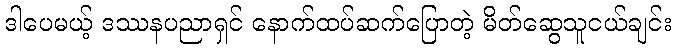
ဒါပေမယ့် ဒဿနပညာရှင် နောက်ထပ်ဆက်ပြောတဲ့ မိတ်ဆွေသူငယ်ချင်း